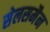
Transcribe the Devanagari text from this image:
सेलसमैन